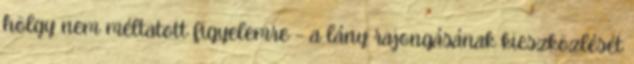
hölgy nem méltatott figyelemre – a lány rajongásának kieszközlését